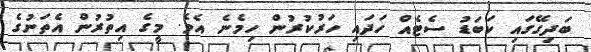
ބަދިގޭގައި ކަބަޑު ސެޓެއް ހަދައި ހަރުކުރުން ހިމެނެ އެވެ. މީގެ އިތުރުން އެތަނުގެ